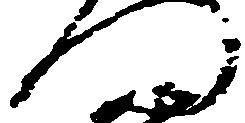
門